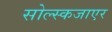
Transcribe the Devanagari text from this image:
सोल्स्कजाएर